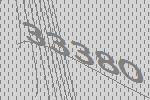
33380